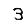
Digit: 3